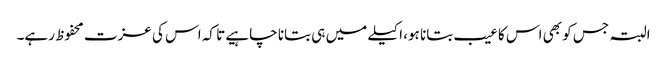
البتہ جس کو بھی اس کا عیب بتانا ہو، اکیلے میں ہی بتانا چاہیے تا کہ اس کی عزت محفوظ رہے۔